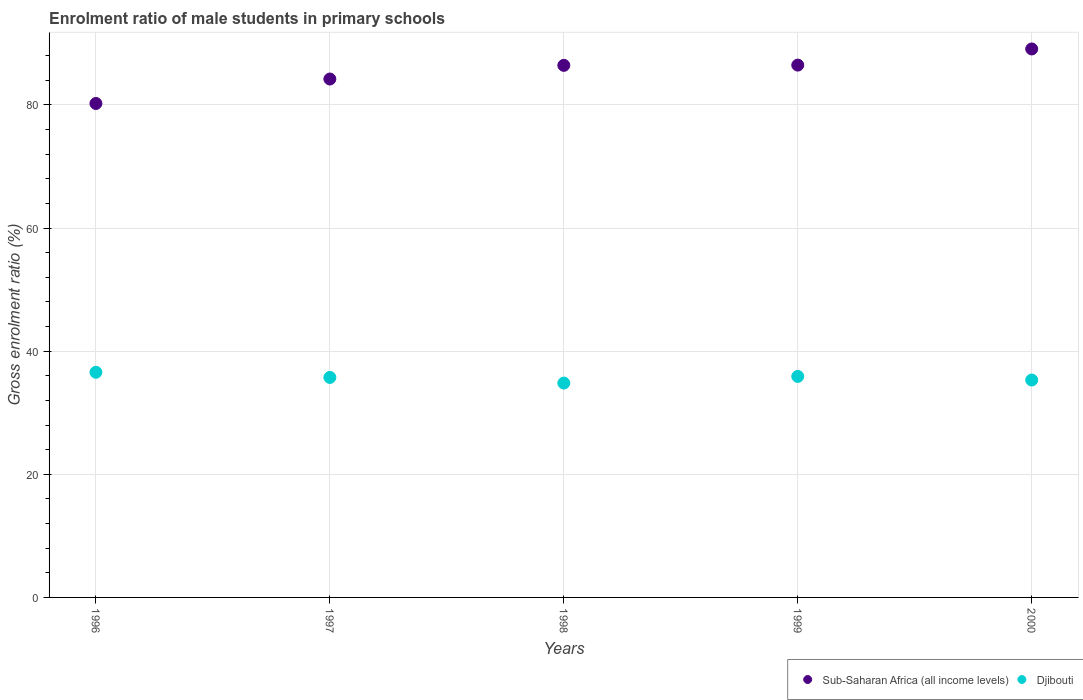
| Years | Sub-Saharan Africa (all income levels) | Djibouti |
 | --- | --- | --- |
 | 1996 | 80.2 | 36.6 |
 | 1997 | 84.2 | 35.7 |
 | 1998 | 86.4 | 34.8 |
 | 1999 | 86.5 | 35.9 |
 | 2000 | 89.1 | 35.3 |